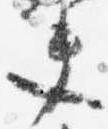
夫